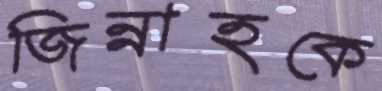
জিন্নাহকে